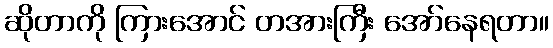
ဆိုတာကို ကြားအောင် တအားကြီး အော်နေရတာ။